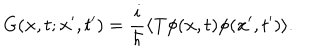
G ( { \bf x } , t ; { \bf x ^ { \prime } } , t ^ { \prime } ) = { \frac { i } { \hbar } } \langle \mathrm { T } \phi ( { \bf x } , t ) \phi ( { \bf x ^ { \prime } } , t ^ { \prime } ) \rangle .